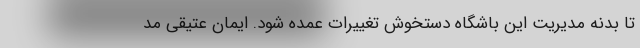
تا بدنه مدیریت این باشگاه دستخوش تغییرات عمده شود. ایمان عتیقی مد